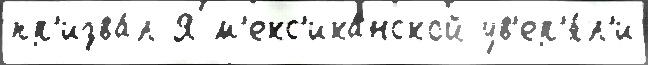
пр'изва́л Я м'екс'ика́нской ув'ер'я́л'и